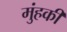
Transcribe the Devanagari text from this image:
मुंहकी